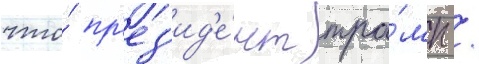
что́ пр'ез'ид'е́нт тра́мп /